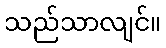
သည်သာလျင်။